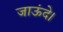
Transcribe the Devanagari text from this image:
जाऊंदे।